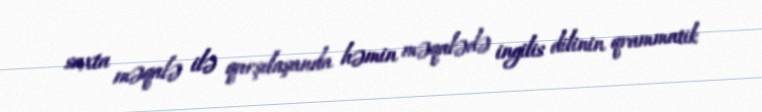
saxta məqalə ilə qarşılaşanda həmin məqalədə ingilis dilinin qrammatik